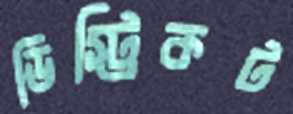
ডিস্ট্রিকট